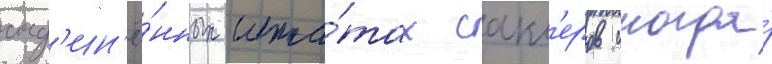
соед'ин'ё́нных шта́тах сакл'еров иногда́